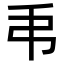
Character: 𢎣